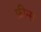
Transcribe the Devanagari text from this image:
फ़ीन्स